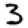
Digit: 3